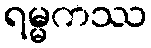
ရမ္မကဿ